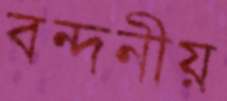
বন্দনীয়